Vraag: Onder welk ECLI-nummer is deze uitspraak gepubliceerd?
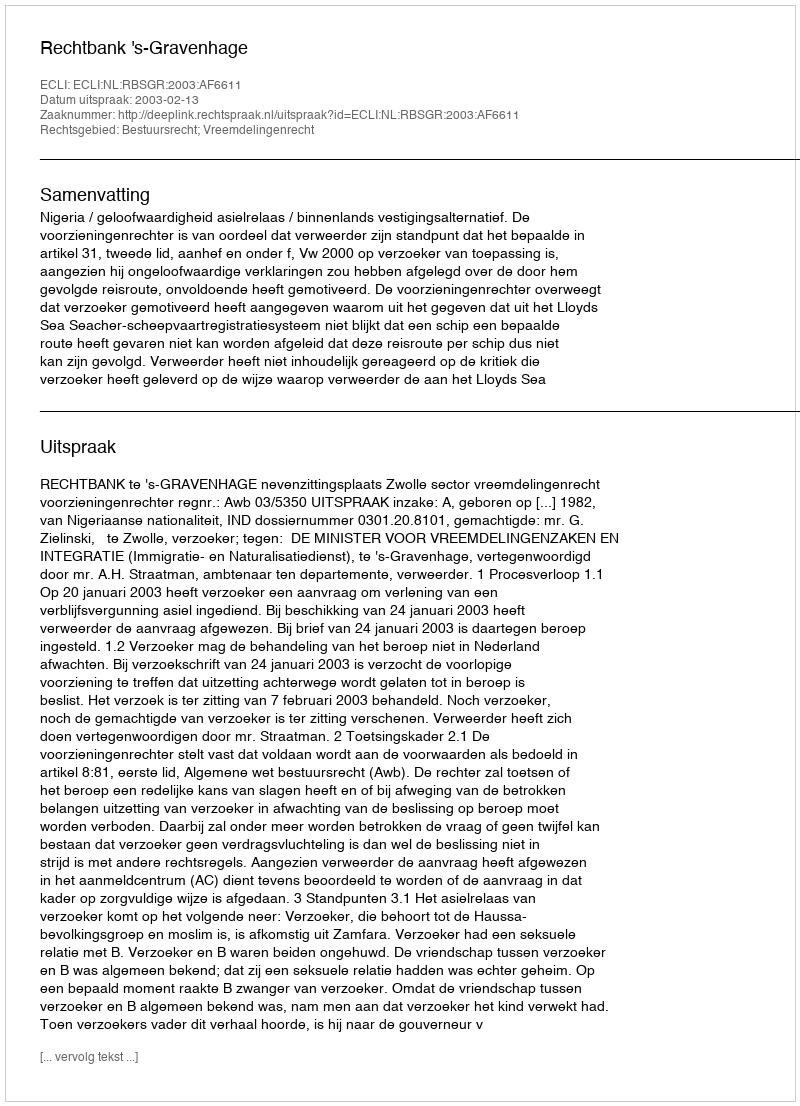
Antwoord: ECLI:NL:RBSGR:2003:AF6611